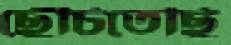
ছেঁচিতেছি